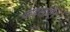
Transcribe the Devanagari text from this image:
कहलाऐ।